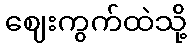
ဈေးကွက်ထဲသို့